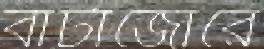
বাটাজোরে